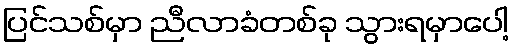
ပြင်သစ်မှာ ညီလာခံတစ်ခု သွားရမှာပေါ့